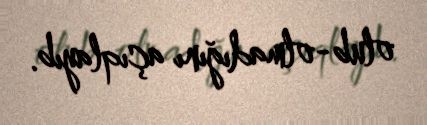
olub-olmadığını açıqlayıb.